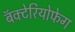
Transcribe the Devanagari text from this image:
बॅक्टेरियोफेग